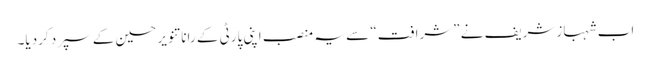
اب شہبازشریف نے ”شرافت“ سے یہ منصب اپنی پارٹی کے رانا تنویر حسین کے سپرد کردیا۔